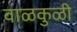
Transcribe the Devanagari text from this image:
वाळकुळी